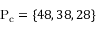
\mathrm { P _ { c } } = \{ 4 8 , 3 8 , 2 8 \}